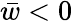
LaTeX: {\bar{w}}<0